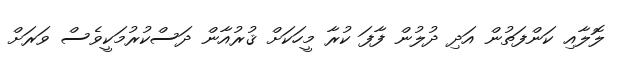
ލޮލާއި ކަންފަތުން އަދި ދުލުން ފާފަ ކުރާ މީހަކަށް ޤުރުއާން ދަސްކުރުމަކީވެސް ވަރަށް